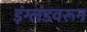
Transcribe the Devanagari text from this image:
इंग्लंडवरून